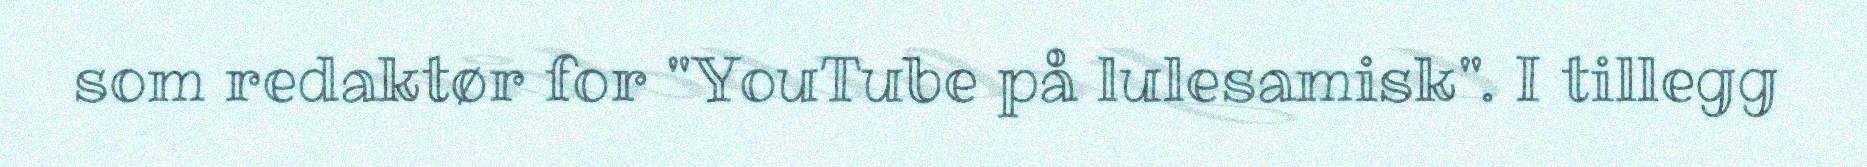
som redaktør for "YouTube på lulesamisk". I tillegg